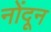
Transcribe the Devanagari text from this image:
नोंदून